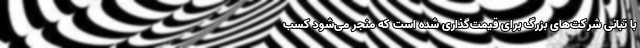
با تبانی شرکت‌های بزرگ برای قیمت‌گذاری شده است که منجر می‌شود کسب